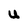
Character: U